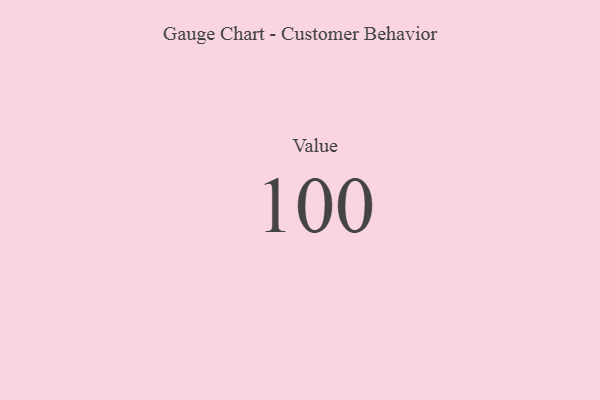
{"axis": {"x": "Metric", "y": "Value"}, "legend": [""], "data": [{"x": "Value", "y": 100, "type": ""}]}